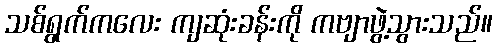
သစ်ရွက်ကလေး ကျဆုံးခန်းကို ကဗျာဖွဲ့သွားသည်။